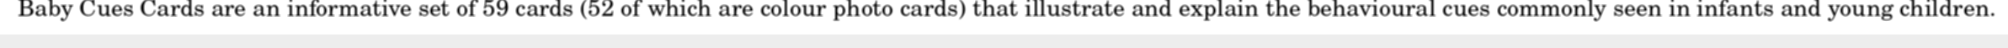
Baby Cues Cards are an informative set of 59 cards (52 of which are colour photo cards) that illustrate and explain the behavioural cues commonly seen in infants and young children.